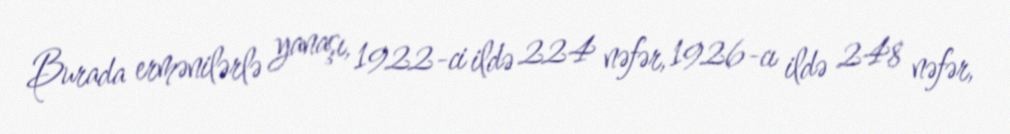
Burada ermənilərlə yanaşı, 1922-ci ildə 224 nəfər, 1926-cı ildə 248 nəfər,